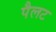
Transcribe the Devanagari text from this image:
पैलट